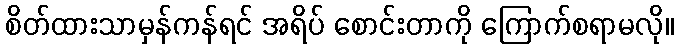
စိတ်ထားသာမှန်ကန်ရင် အရိပ် စောင်းတာကို ကြောက်စရာမလို။